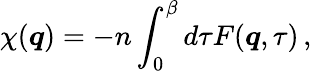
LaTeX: \chi(\boldsymbol{q})=-n\int_{0}^{\beta}d\tau{F}(\boldsymbol{q},\tau)\, ,